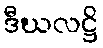
ဒီဃလဋ္ဌိ